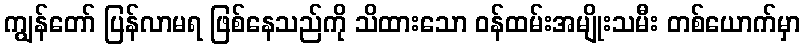
ကျွန်တော် ပြန်လာမရ ဖြစ်နေသည်ကို သိထားသော ဝန်ထမ်းအမျိုးသမီး တစ်ယောက်မှာ